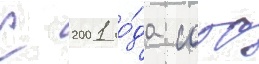
С 2001 го́да сооо